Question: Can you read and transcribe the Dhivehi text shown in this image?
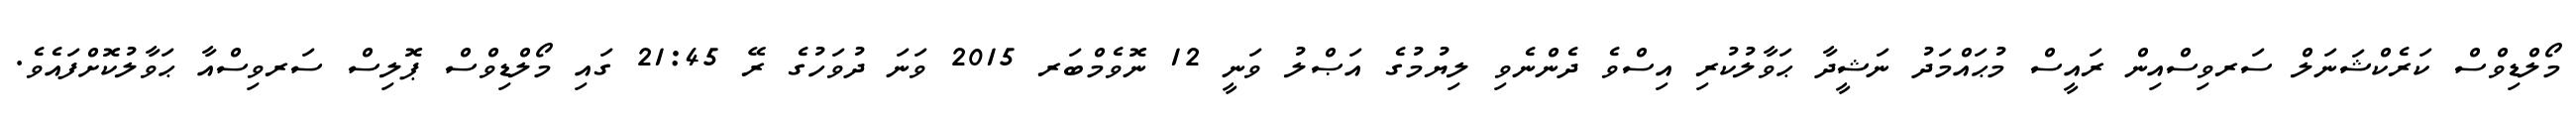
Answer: މޯލްޑިވްސް ކަރެކްޝަނަލް ސަރވިސްއިން ރައީސް މުޙައްމަދު ނަޝީދާ ޙަވާލުކުރި އިސްވެ ދެންނެވި ލިޔުމުގެ އަޞްލު ވަނީ 12 ނޮވެމްބަރ 2015 ވަނަ ދުވަހުގެ ރޭ 21:45 ގައި މޯލްޑިވްސް ޕޮލިސް ސަރވިސްއާ ޙަވާލުކޮށްފައެވެ.